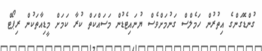
ގުންޑޮގަންގެ އިތުރުން ހަމެލްސް ގަނުމަށްވެސް ޔުނައިޓެޑުން މަސައްކަތް ކުރާ ކަމަށް މީޑިއާތަކުން ރިޕޯޓް